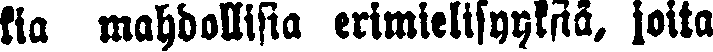
kia mahdollisia erimielisyyksiä, joita